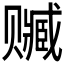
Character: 𰷭